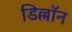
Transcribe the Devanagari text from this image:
डिल्लॉन